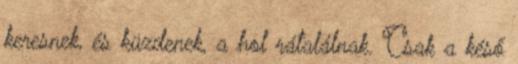
keresnek, és küzdenek, a hol rátalálnak. Csak a késő